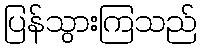
ပြန်သွားကြသည်